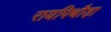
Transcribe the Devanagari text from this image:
रायपिथौड़ा